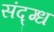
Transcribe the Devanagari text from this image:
संद्ग्ध